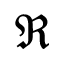
\Re